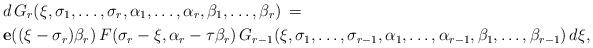
LaTeX: \begin{align*}&d\,G_r(\xi,\sigma_1,\ldots ,\sigma_r,\alpha_1,\ldots ,\alpha_r,\beta_1,\ldots ,\beta_r)\,=\,\\&\textbf{e}((\xi-\sigma_r)\beta_r)\,F(\sigma_r-\xi,\alpha_r-\tau\beta_r)\,G_{r-1}(\xi,\sigma_1,\ldots ,\sigma_{r-1},\alpha_1,\ldots ,\alpha_{r-1},\beta_1,\ldots ,\beta_{r-1})\,d\xi,\end{align*}